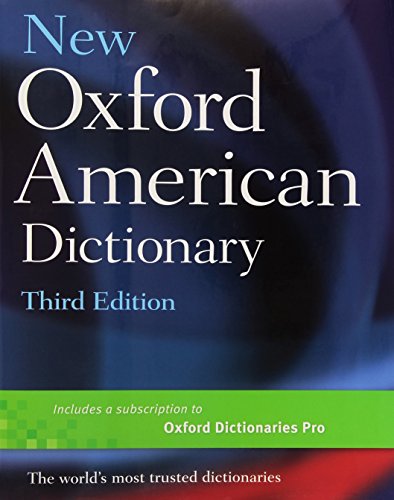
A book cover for New Oxford American Dictionary 3rd Edition; Reference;